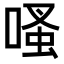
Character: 𠹏